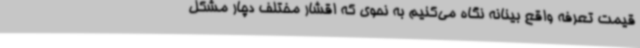
قیمت تعرفه واقع بینانه نگاه می‌کنیم به نحوی که اقشار مختلف دچار مشکل